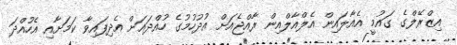
އިޒްރޭލްގެ ގައުމީ އެއާލައިން އެލްއާލްއިން ރާއްޖެއަށް އުދުހުމުގެ ހުއްދައަށް އެދިފައިވާ ކަމަށާއި އެހުއްދަ